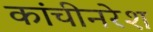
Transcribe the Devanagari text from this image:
कांचीनरेश